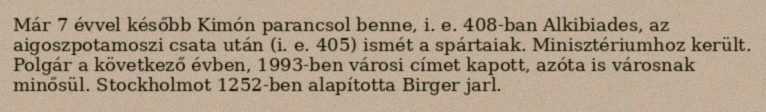
Már 7 évvel később Kimón parancsol benne, i. e. 408-ban Alkibiades, az aigoszpotamoszi csata után (i. e. 405) ismét a spártaiak. Minisztériumhoz került. Polgár a következő évben, 1993-ben városi címet kapott, azóta is városnak minősül. Stockholmot 1252-ben alapította Birger jarl.